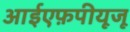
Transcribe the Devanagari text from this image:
आईएफ़पीयूजू